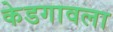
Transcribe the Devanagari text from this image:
केडगावला